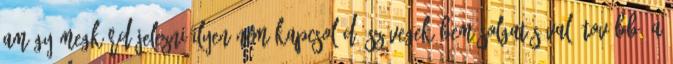
amúgy megkérdőjelezni ilyen nem kapcsolódó szövegek bemásolgatásával? Továbbá a